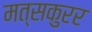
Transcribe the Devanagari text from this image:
मत्सकुरर